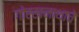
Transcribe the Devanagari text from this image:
गोरखनाथाचे